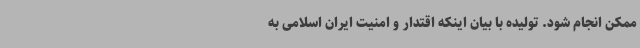
ممکن انجام شود. تولیده با بیان اینکه اقتدار و امنیت ایران اسلامی به